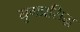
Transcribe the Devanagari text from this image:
युगप्रसिद्ध